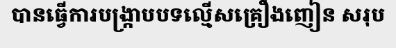
បានធ្វើការបង្ក្រាបបទល្មើសគ្រឿងញៀន សរុប